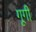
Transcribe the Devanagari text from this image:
गूगी